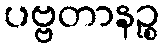
ပဗ္ဗတာနဉ္စ